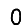
Digit: 0